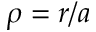
\rho = r / a